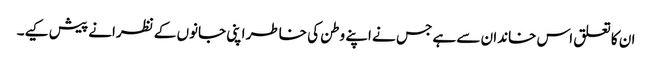
ان کا تعلق اس خاندان سے ہے جس نے اپنے وطن کی خاطر اپنی جانوں کے نظرانے پیش کیے۔